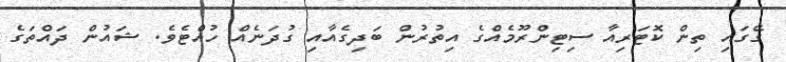
ގޭގައި ތިން ކޮޓަރިއާ ސިޓިންރޫމެއްގެ އިތުރުން ބަދިގެއާއި ގުދަނެއް ހުއްޓެވެ. ޝައުން ދައްތަގެ